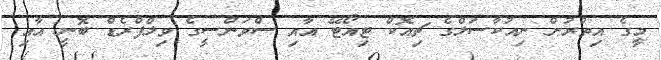
މީގެ އިތުރުން ނިއުކާސަލްގެ ޗިއޮކް ޓިއޯޓޭ އާއި ސްވަންސީގެ ވިލްފްރެޑް ބޮނީ އާއި